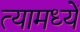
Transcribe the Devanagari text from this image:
त्यामध्यें